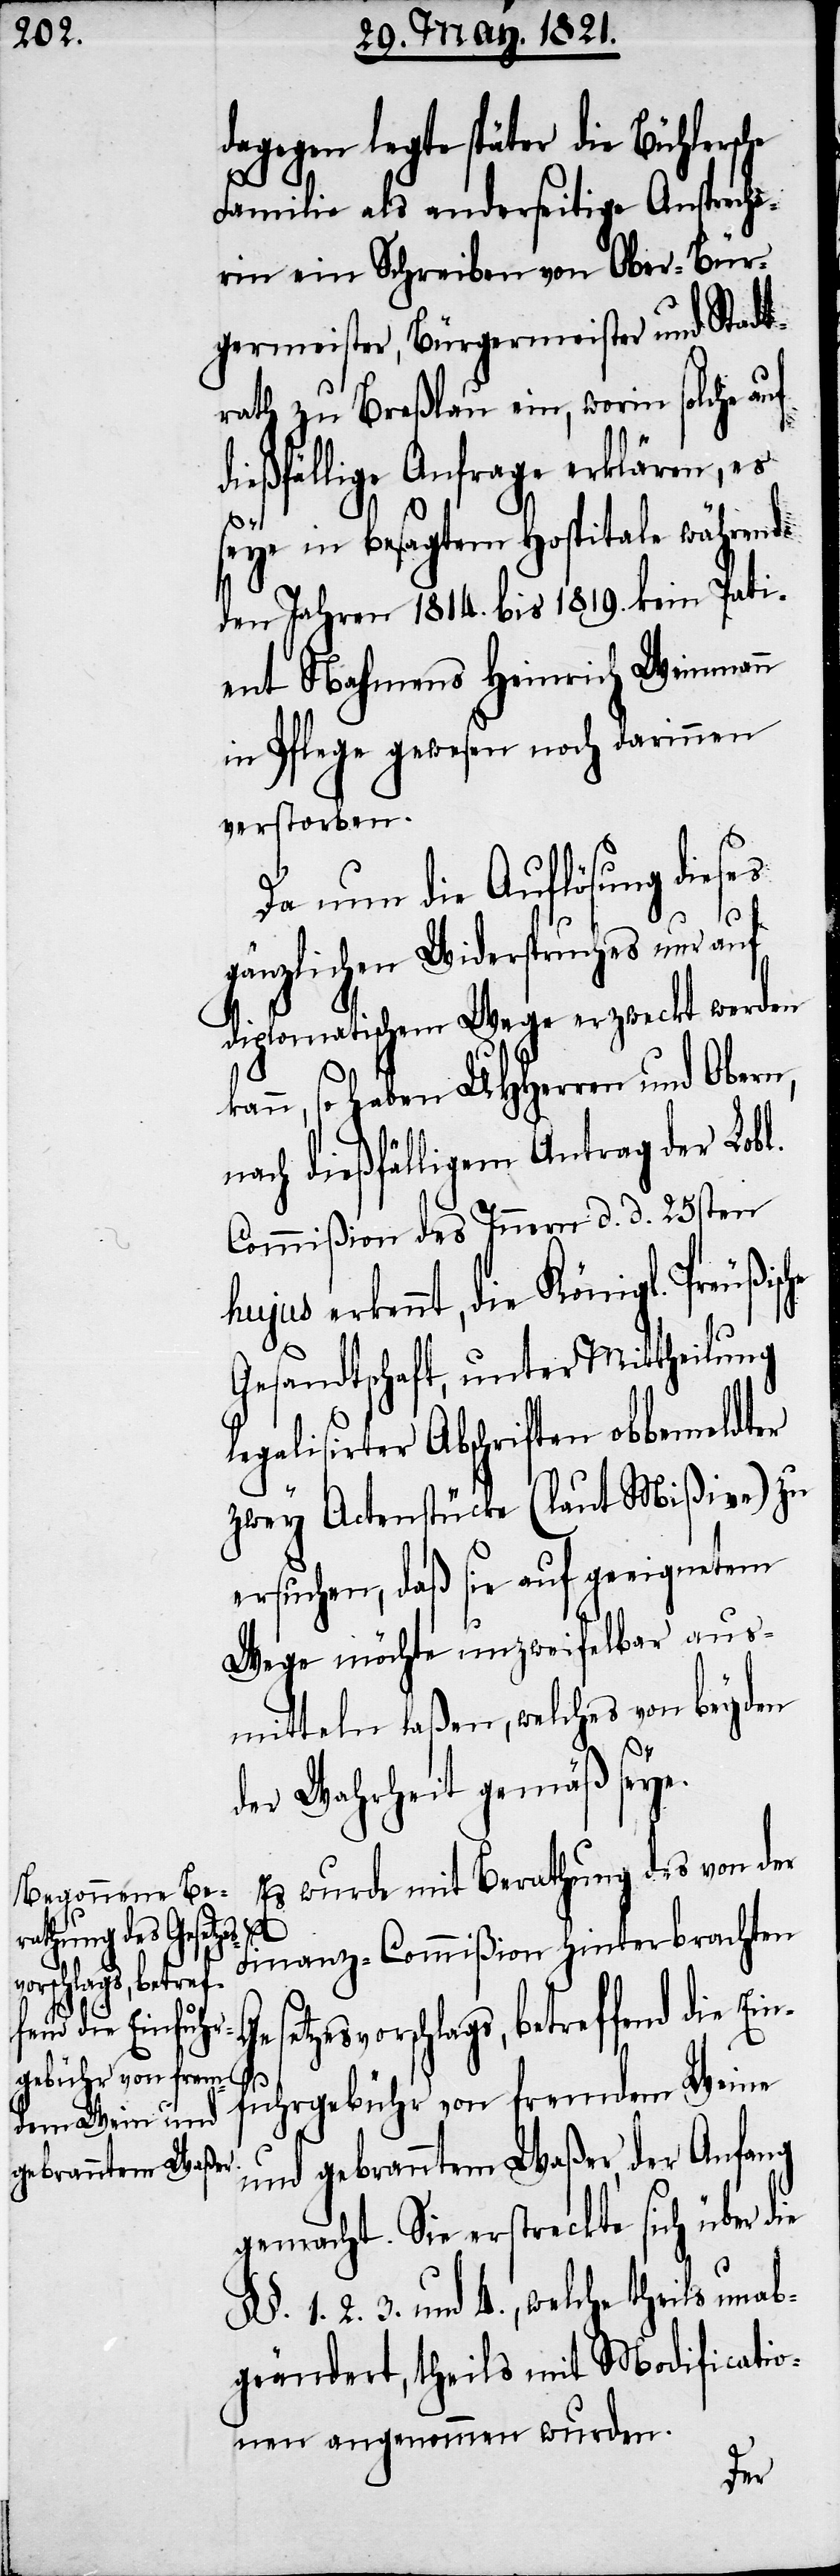
Es wurde mit Berathung des von der
Finanz-Commißion hinterbrachten
schlags, betref¬
fend die Einfuh¬
rgebühr von fremdem Wein
und gebranntem Waßer, der Anfang
gemacht. Sie erstreckte sich über die
§§. 1. 2. 3. und 4., welche theils unab¬
geändert, theils mit Modificatio¬
nen angenommen wurden.